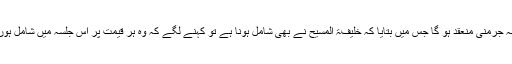
اسی دوران جب ان کو بتایا گیا کہ ماہِ جون کے آخر میں جلسہ سالانہ جرمنی منعقد ہو گا جس میں بتایا کہ خلیفۃ المسیح نے بھی شامل ہونا ہے تو کہنے لگے کہ وہ ہر قیمت پر اس جلسہ میں شامل ہوں گے اور اُن کی بڑی خواہش ہے کہ خلیفۃ المسیح سے ملاقات ہو۔